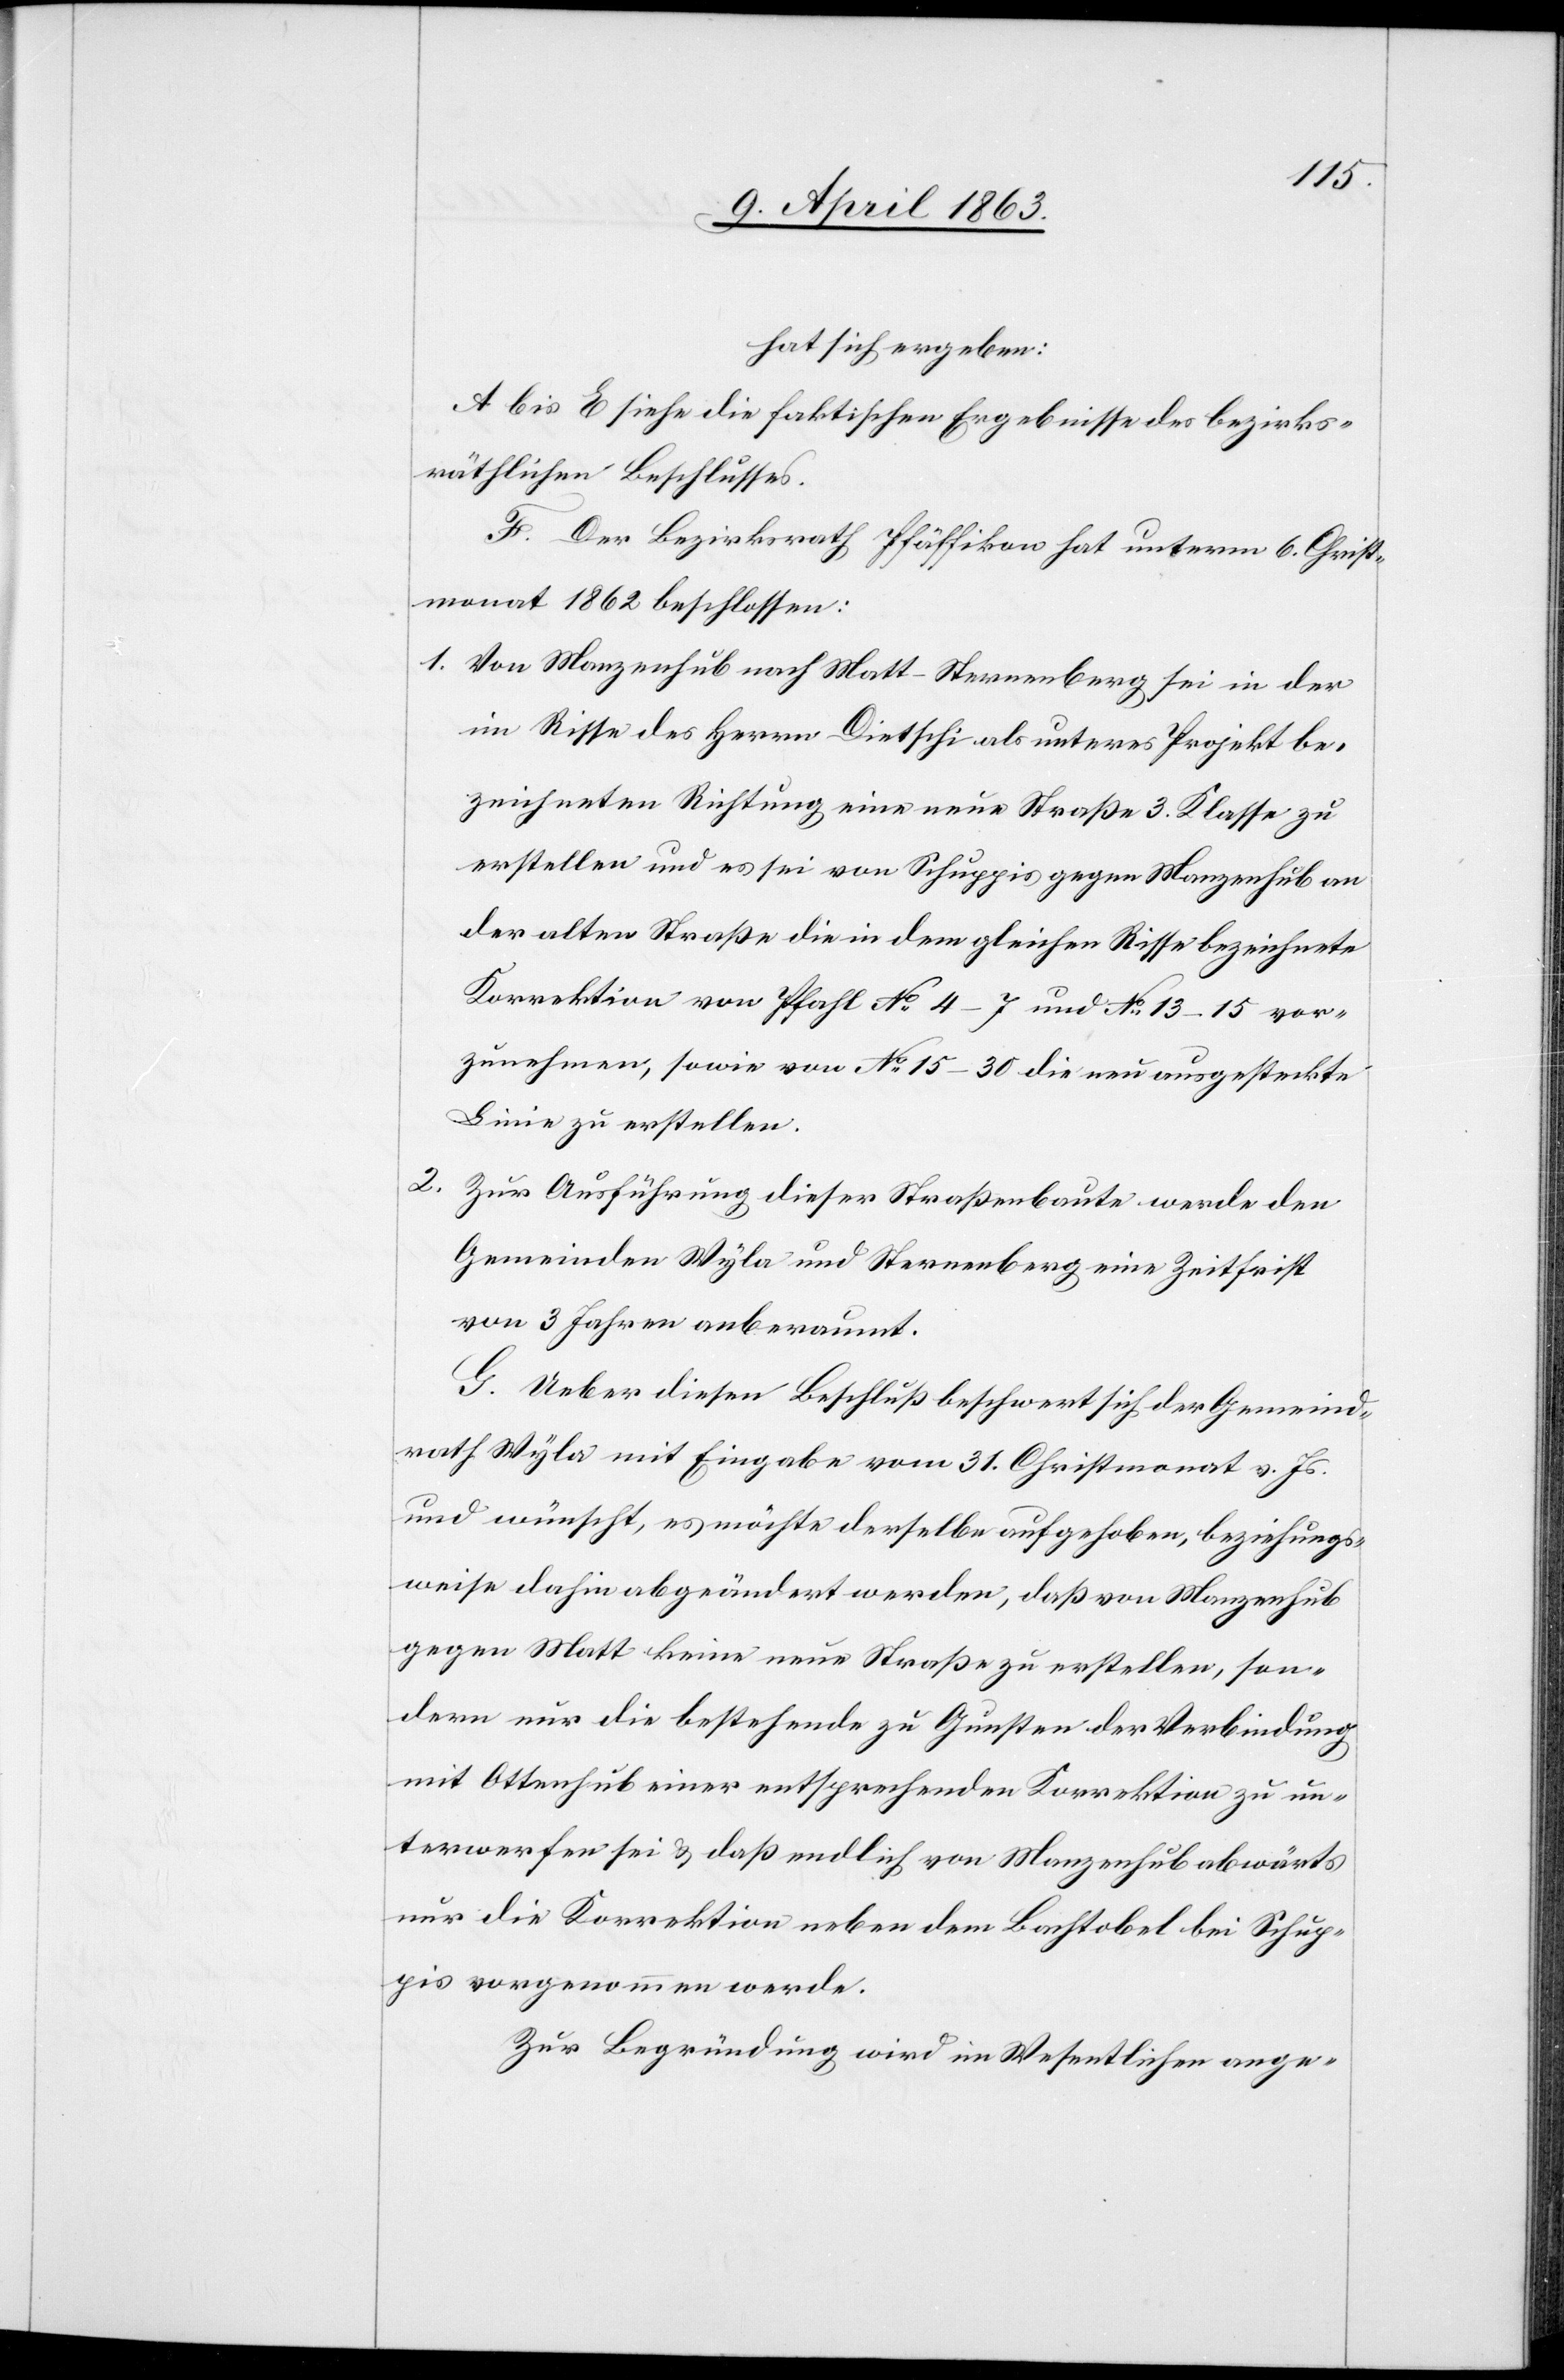
hat sich ergeben:
A bis E siehe die faktischen Ergebnisse des bezirks¬
räthlichen Beschlusses.
F. Der Bezirksrath Pfäffikon hat unterm 6. Christ¬
monat 1862 beschlossen:
1. Von Manzenhub nach Matt-Sternenberg sei in der
im Risse des Herrn Dietschi als unteres Projekt be¬
zeichneten Richtung eine neue Straße 3. Klasse zu
erstellen und es sei von Schuppis gegen Manzenhub an
der alten Straße die in dem gleichen Risse bezeichnete
Korrektion von Pfahl No 4–7 und No 13–15 vor¬
zunehmen, sowie von No 15–30 die neu ausgesteckte
Linie zu erstellen.
2.
Zur Ausführung dieser Straßenbaute werde den
Gemeinden Wyla und Sternenberg eine Zeitfrist
von 3 Jahren anberaumt.
G. Ueber diesen Beschluß beschwert sich der Gemeind¬
rath Wyla mit Eingabe vom 31. Christmonat v. Js.
und wünscht, es möchte derselbe aufgehoben, beziehungs¬
weise dahin abgeändert werden, daß von Manzenhub
gegen Matt keine neue Straße zu erstellen, son¬
dern nur die bestehende zu Gunsten der Verbindung
mit Ottenhub einer entsprechenden Korrektion zu un¬
terwerfen sei & daß endlich von Manzenhub abwärts
nur die Korrektion neben dem Bachtobel bei Schup¬
pis vorgenommen werde.
Zur Begründung wird im Wesentlichen ange-